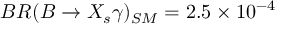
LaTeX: B R ( B \to X _ { s } \gamma ) _ { S M } = 2 . 5 \times 1 0 ^ { - 4 }